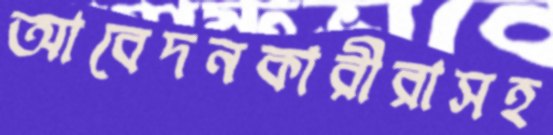
আবেদনকারীরাসহ